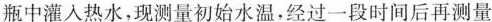
瓶中灌入热水，现测量初始水温，经过一段时间后再测量